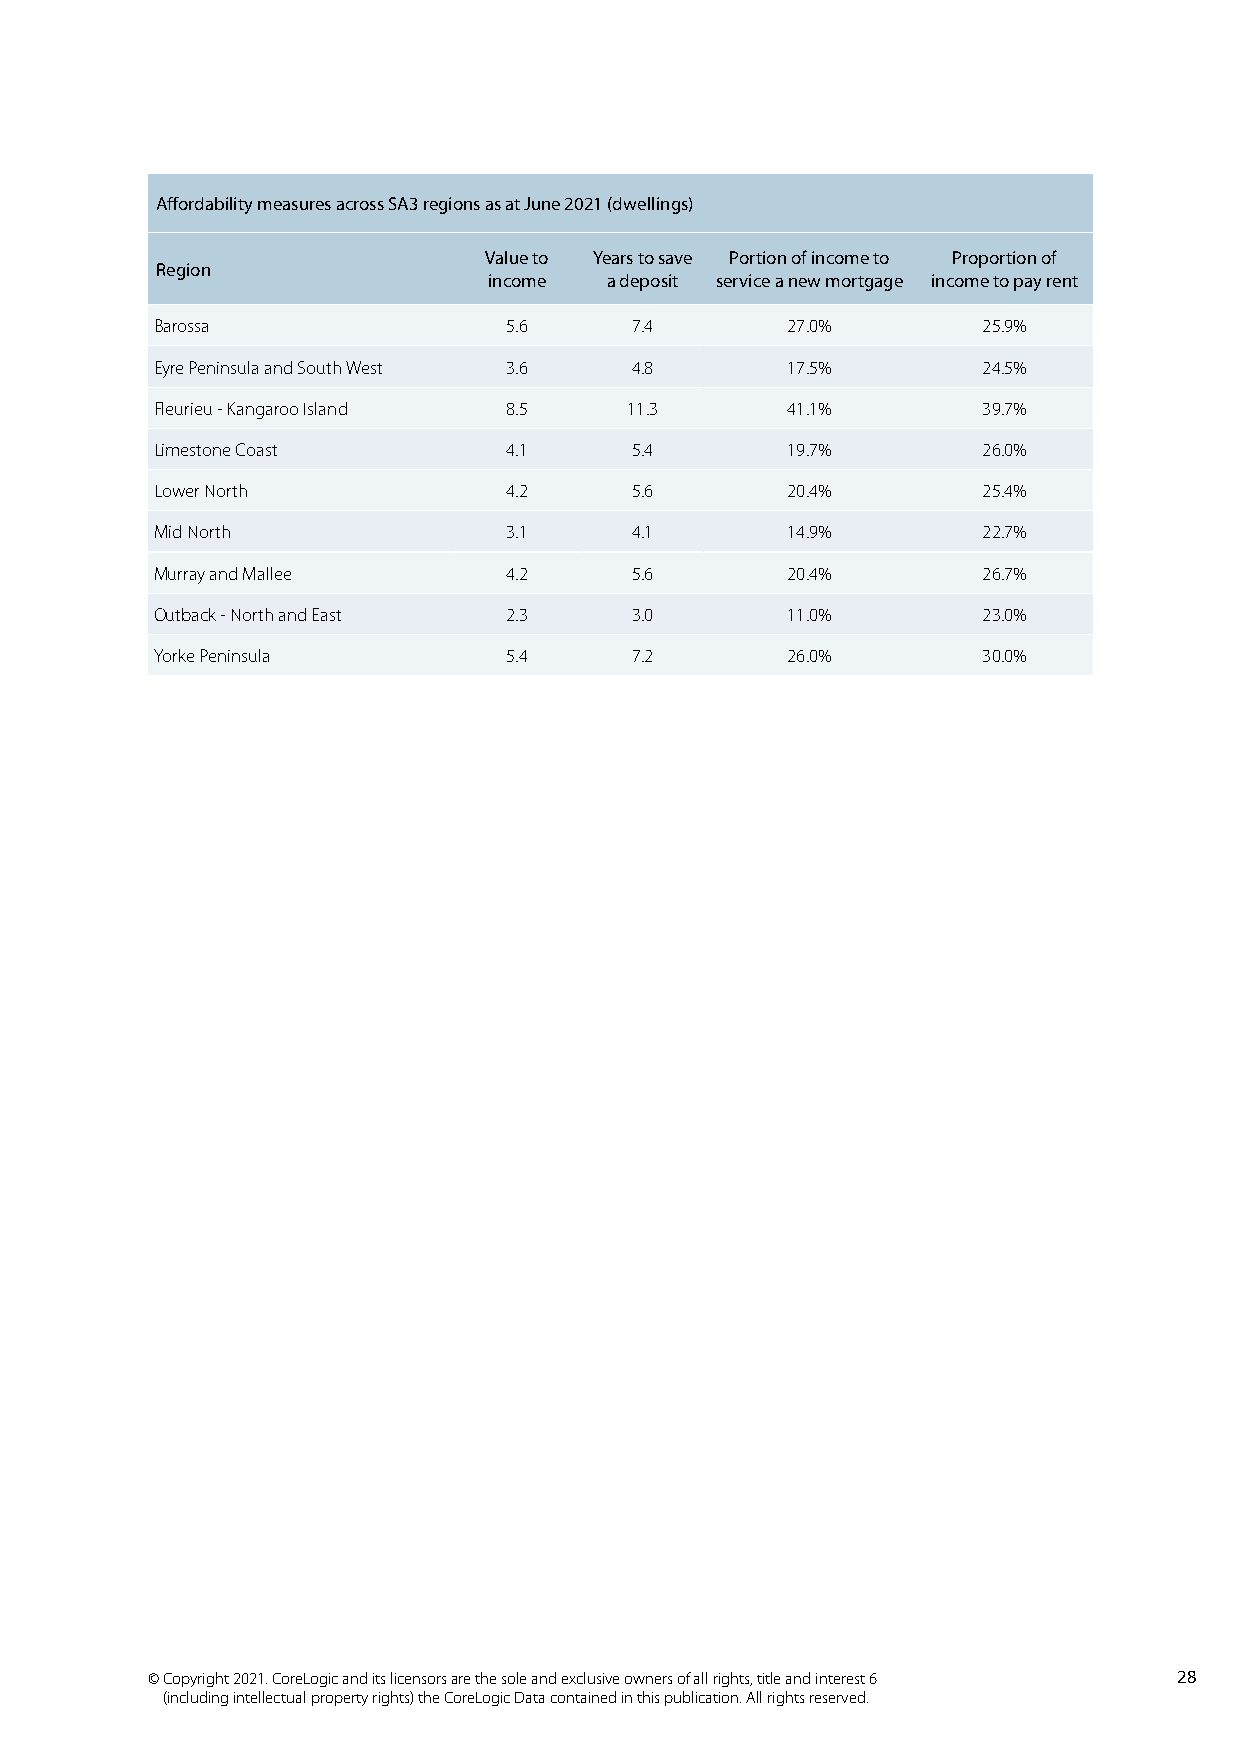
Affordability measures across SA3 regions as at June 2021 (dwellings)
 Value to Years to save Portion of income to Proportion of
 Region
 income  a deposit service a new mortgage income to pay rent
 Barossa                5.6      7.4       27.0%        25.9%
 Eyre Peninsula and South West 3.6 4.8     17.5%        24.5%
 Fleurieu - Kangaroo Island 8.5  11.3      41.1%        39.7%
 Limestone Coast        4.1      5.4       19.7%        26.0%
 Lower North            4.2      5.6       20.4%        25.4%
 Mid North              3.1      4.1       14.9%        22.7%
 Murray and Mallee      4.2      5.6       20.4%        26.7%
 Outback - North and East 2.3    3.0       11.0%        23.0%
 Yorke Peninsula        5.4      7.2       26.0%        30.0%
 © Copyright 2021. CoreLogic and its licensors are the sole and exclusive owners of all rights, title and interest 6 28
 (including intellectual property rights) the CoreLogic Data contained in this publication. All rights reserved.